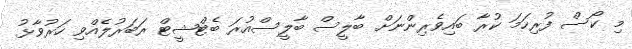
މި ކޯސް ފުރިހަމަ ކުރާ ބައިވެރިންނަށް ބާލީސް ބާލީސްއުރަ ބެޓްޝީޓް ރަބަރުލެއްވި ހަރުވާޅު